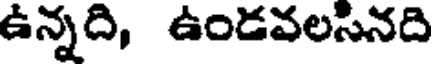
ఉన్నది, ఉండవలసినది